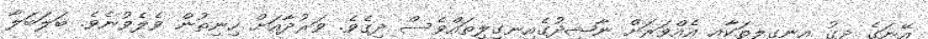
އޭނަގެ ދިގު އިނގިލިތަކާއި އެއްވަރަށް ނާޝިދުގެއިނގިލިތައްވެސް ދިގެވެ. ވަރުދާއަށް ހިނިތުން ވެލެވުނެވެ. ބަލަބަލާ